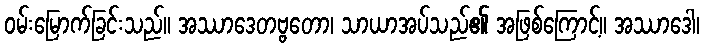
ဝမ်းမြောက်ခြင်းသည်။ အဿာဒေတဗ္ဗတော၊ သာယာအပ်သည်၏ အဖြစ်ကြောင့်။ အဿာဒေါ၊